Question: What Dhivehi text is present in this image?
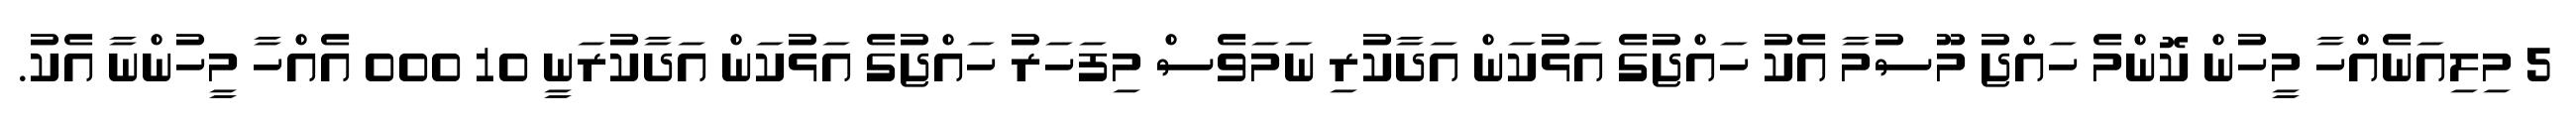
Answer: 5 މިލިއަނެއްހާ މީހުން ކޮންމެ ހައްޖު މޫސުމާ އެކު ހައްޖުގެ އަޅުކަން އަދާކުރި ނަމަވެސް މިފަހަރު ހައްޖުގެ އަޅުކަން އަދާކުރަނީ 10 000 އެއްހާ މީހުންނާ އެކު.